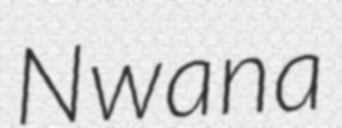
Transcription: Nwana